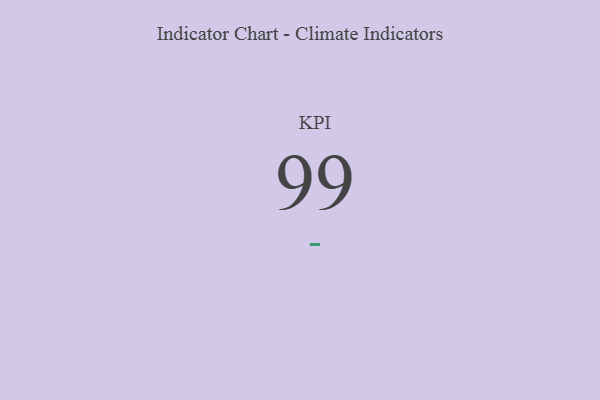
{"axis": {"x": "KPI", "y": "Value"}, "legend": [""], "data": [{"x": "KPI", "y": 99, "type": ""}]}